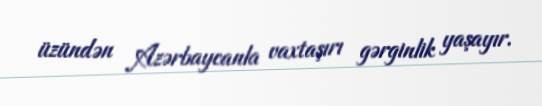
üzündən Azərbaycanla vaxtaşırı gərginlik yaşayır.